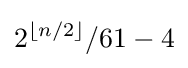
2^{\lfloor n/2\rfloor }/61-4